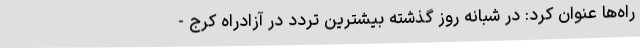
راه‌ها عنوان کرد: در شبانه روز گذشته بیشترین تردد در آزادراه کرج -